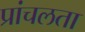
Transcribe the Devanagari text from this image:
प्रांचलता